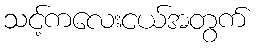
သင့်ကလေးငယ်အတွက်